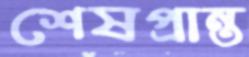
শেষপ্রান্ত